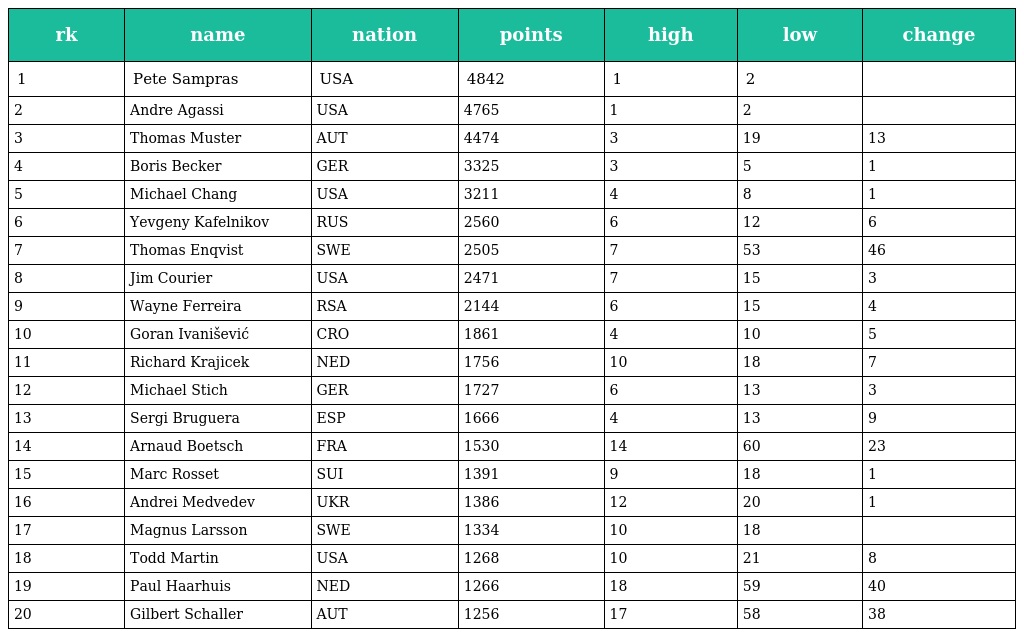
| rk | name | nation | points | high | low | change |
 | --- | --- | --- | --- | --- | --- | --- |
 | 1 | Pete Sampras | USA | 4842 | 1 | 2 |  |
 | 2 | Andre Agassi | USA | 4765 | 1 | 2 |  |
 | 3 | Thomas Muster | AUT | 4474 | 3 | 19 | 13 |
 | 4 | Boris Becker | GER | 3325 | 3 | 5 | 1 |
 | 5 | Michael Chang | USA | 3211 | 4 | 8 | 1 |
 | 6 | Yevgeny Kafelnikov | RUS | 2560 | 6 | 12 | 6 |
 | 7 | Thomas Enqvist | SWE | 2505 | 7 | 53 | 46 |
 | 8 | Jim Courier | USA | 2471 | 7 | 15 | 3 |
 | 9 | Wayne Ferreira | RSA | 2144 | 6 | 15 | 4 |
 | 10 | Goran Ivanišević | CRO | 1861 | 4 | 10 | 5 |
 | 11 | Richard Krajicek | NED | 1756 | 10 | 18 | 7 |
 | 12 | Michael Stich | GER | 1727 | 6 | 13 | 3 |
 | 13 | Sergi Bruguera | ESP | 1666 | 4 | 13 | 9 |
 | 14 | Arnaud Boetsch | FRA | 1530 | 14 | 60 | 23 |
 | 15 | Marc Rosset | SUI | 1391 | 9 | 18 | 1 |
 | 16 | Andrei Medvedev | UKR | 1386 | 12 | 20 | 1 |
 | 17 | Magnus Larsson | SWE | 1334 | 10 | 18 |  |
 | 18 | Todd Martin | USA | 1268 | 10 | 21 | 8 |
 | 19 | Paul Haarhuis | NED | 1266 | 18 | 59 | 40 |
 | 20 | Gilbert Schaller | AUT | 1256 | 17 | 58 | 38 |